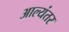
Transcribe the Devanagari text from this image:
आल्यंतर